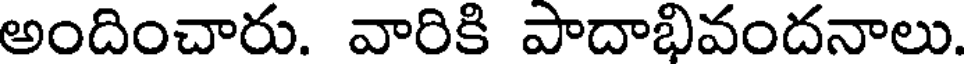
అందించారు. వారికి పాదాభివందనాలు.